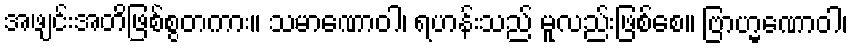
အဖျင်းအတိဖြစ်စွတကား။ သမာဏောဝါ၊ ရဟန်းသည် မူလည်းဖြစ်စေ။ ဗြာဟ္မဏောဝါ၊